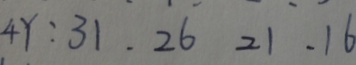
4 Y : 3 1 \cdot 2 6 2 1 \cdot 1 6